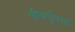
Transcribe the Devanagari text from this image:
लीव्हर्पूलला